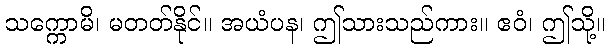
သက္ကောမိ၊ မတတ်နိုင်။ အယံပန၊ ဤသားသည်ကား။ ဧဝံ၊ ဤသို့။